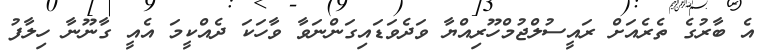
އެ ބާރުގެ ތެރެއަށް ރައީސުލްޖުމްހޫރިއްޔާ ވަދެވަޑައިގަންނަވާ ވާހަކަ ދެއްކީމަ އެއީ ގާނޫނާ ހިލާފު